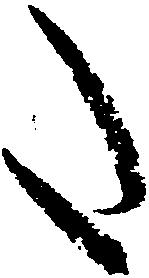
た